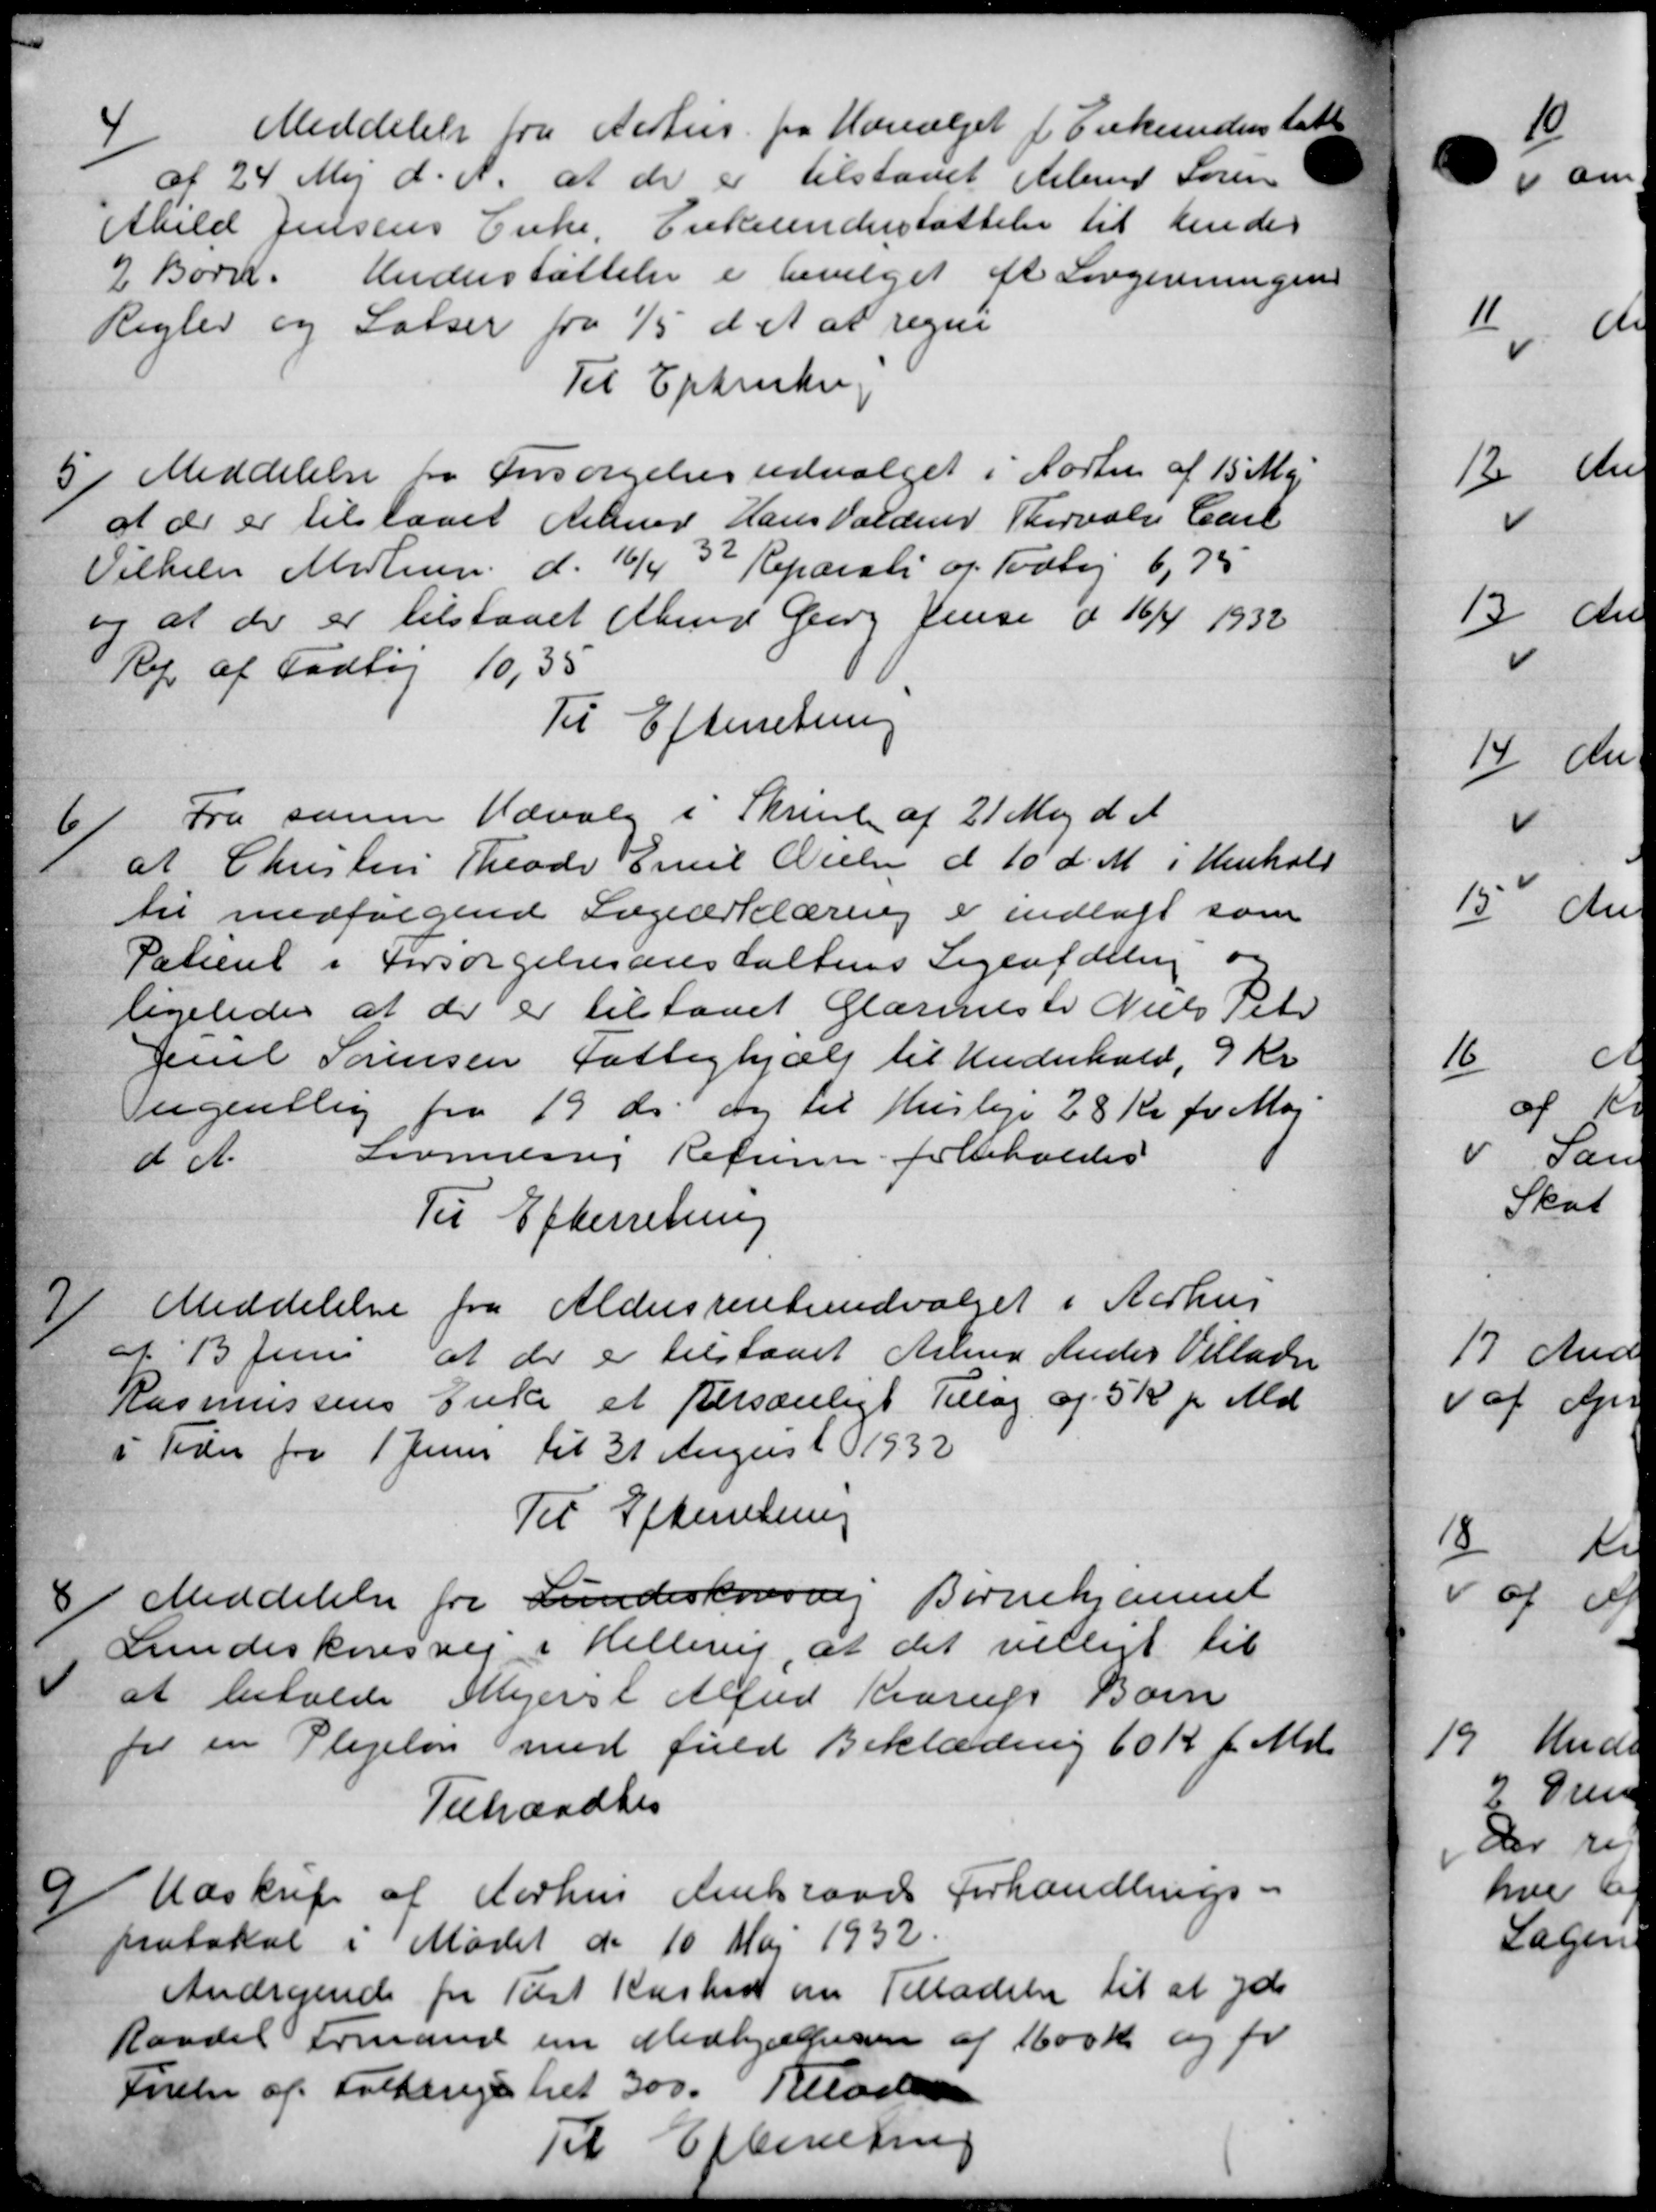
Transskription:
4
Meddelelse fra Aarhus fra Udvalget f Enkenderstøtte
af 24 Maj d. A. at de er tilstaaet Arbmd Søren
Abild Jensens Enke, Enkeunderstøttelse til hendes
2 Børn. Understøttelse er bevilget et Lovgivningen
Regler og Salser fra 1/5 d A at regne
Til Extrukeg
5
Meddelelse fra Forsørgelsesudvalget i Forten af 15 Maj
at de er tilstaaet Arbmd Hans Valder Thorvalg Carl
Vilhelm Medlem d. 16/4 32 Reparati og Todbej 6,75
og at der er tilstaaet Abmd Georg Jensen d 16/4 1932
Rep af Fodtøj 10,35
Til Efterretning
6/
Fra samme Udvalg i Skrivelse af 21 Maj d. A.
at Christen Theodor Emil Nielsen d 10' d. M. i Henhold
til medfølgende Sogeerklæring er indlagt som
Patieret i Forsørgelsesanstaltens Sigentælling og
ligeledes at der er tilstaaet Glarmeste Niels Peter
Juel Sørensen Fattighjælp til Underhold, 9 Kr
ugentlig fra 19 ds og til Husleje 28 Kr for Maj
d A.
Lovlig Refusie forbeholdes
Til Efterretning
 Meddelelse fra Aldersrenteudvalget i Aarhus
 Meddelelse fra Aldersrenteudvalget i Aarhus
af 13 Juni at der er tilstaaet Arbmd Ander Villadsen
Rasmussens Enke et Personligt Tillæg af 5 Kr pr Md.
i Tider fra 1 Juni til 31 August 1932
Til Efterretning
8
Meddelelse fra Lundeskovsvej Bernehjemmet
Lundeskovsvej i Hellerup, at det villigt til
at betalte Mejerit Alfred Krarup Børn
for en Plejeløn med fuld Beklædning 60 Kr. f. Md.
Tilhandlis
9
Udskrift af Aarhus Amtsraads Forhandlings-
protokol i Mødet de 10 Maj 1932
Andragende fra Tilst Kasted om Tilladelse til at yde
Raadet Formand om Medhjælperen af 1600 Kr. og fo
Førelse af Folkeregistret 300. Tilladersen
Til Efterretning